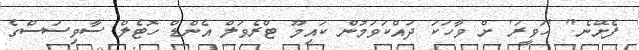
ފެށޭނެ" 'ހަވީރަ' ށް ވާހަކަ ދައްކަވަމުން ކައިމޫ ޓްރެވަލް އެންޑް ހޮޓެލް ސާވިސަސްގެ